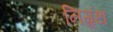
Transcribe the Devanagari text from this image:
निग्र्रंथ